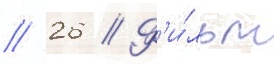
// 26 // Ф'и́льм